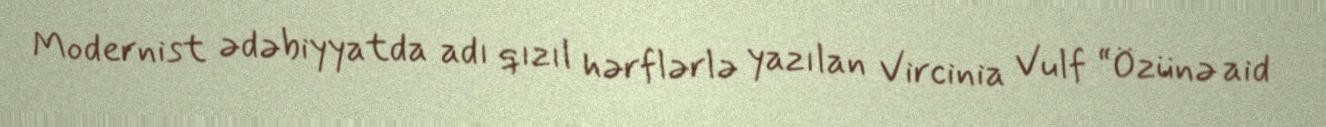
Modernist ədəbiyyatda adı qızıl hərflərlə yazılan Vircinia Vulf “Özünə aid